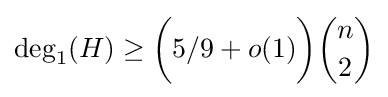
\deg _{1}(H)\geq {\bigg (}5/9+o(1){\bigg )}{n \choose 2}